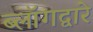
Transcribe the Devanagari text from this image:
ब्लॉगद्वारे